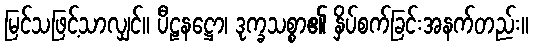
မြင်သဖြင့်သာလျှင်။ ပီဠနဋ္ဌော၊ ဒုက္ခသစ္စာ၏ နှိပ်စက်ခြင်းအနက်တည်း။